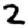
Digit: 2